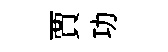
賈功